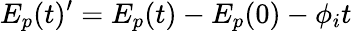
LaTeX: E_{p}(t)^{\prime}=E_{p}(t)-E_{p}(0)-\phi_{i}t